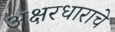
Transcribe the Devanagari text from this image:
अक्षरधाराचे